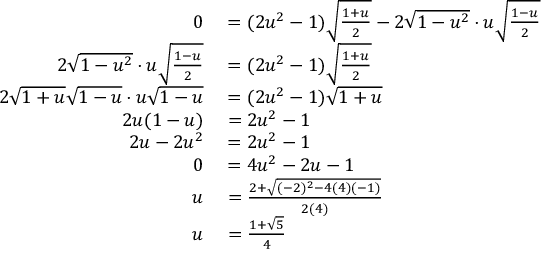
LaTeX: \begin{array} { r l } { 0 } & { { } { } = ( 2 u ^ { 2 } - 1 ) { \sqrt { \frac { 1 + u } { 2 } } } - 2 { \sqrt { 1 - u ^ { 2 } } } \cdot u { \sqrt { \frac { 1 - u } { 2 } } } } \\ { 2 { \sqrt { 1 - u ^ { 2 } } } \cdot u { \sqrt { \frac { 1 - u } { 2 } } } } & { { } { } = ( 2 u ^ { 2 } - 1 ) { \sqrt { \frac { 1 + u } { 2 } } } } \\ { 2 { \sqrt { 1 + u } } { \sqrt { 1 - u } } \cdot u { \sqrt { 1 - u } } } & { { } { } = ( 2 u ^ { 2 } - 1 ) { \sqrt { 1 + u } } } \\ { 2 u ( 1 - u ) } & { { } { } = 2 u ^ { 2 } - 1 } \\ { 2 u - 2 u ^ { 2 } } & { { } { } = 2 u ^ { 2 } - 1 } \\ { 0 } & { { } { } = 4 u ^ { 2 } - 2 u - 1 } \\ { u } & { { } { } = { \frac { 2 + { \sqrt { ( - 2 ) ^ { 2 } - 4 ( 4 ) ( - 1 ) } } } { 2 ( 4 ) } } } \\ { u } & { { } { } = { \frac { 1 + { \sqrt { 5 } } } { 4 } } } \end{array}